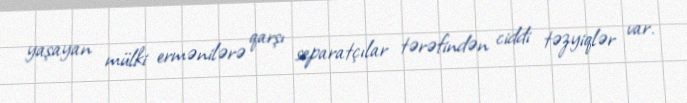
yaşayan mülki ermənilərə qarşı separatçılar tərəfindən ciddi təzyiqlər var.